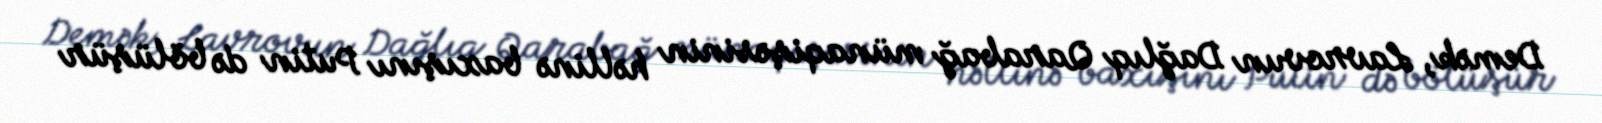
Demək, Lavrovun Dağlıq Qarabağ münaqişəsinin həllinə baxışını Putin də bölüşür